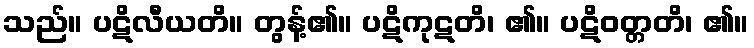
သည်။ ပဋိလီယတိ။ တွန့်၏။ ပဋိကုဋတိ၊ ၏။ ပဋိဝတ္တတိ၊ ၏။